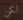
لكن